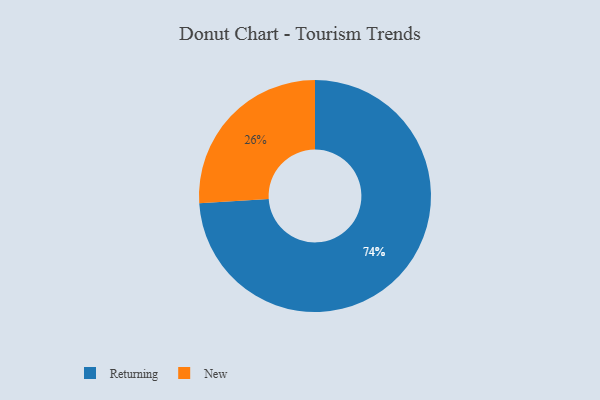
{"axis": {"x": "Category", "y": "Percentage"}, "legend": ["New", "Returning"], "data": [{"x": "Returning", "y": 74, "type": "Returning"}, {"x": "New", "y": 26, "type": "New"}]}